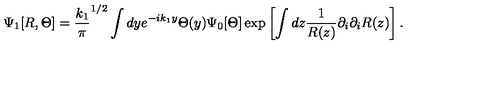
\Psi _ { 1 } [ R , \Theta ] = { \frac { k _ { 1 } } { \pi } } ^ { 1 / 2 } \int d y e ^ { - i k _ { 1 } y } \Theta ( y ) \Psi _ { 0 } [ \Theta ] \exp \left[ \int d z { \frac { 1 } { R ( z ) } } \partial _ { i } \partial _ { i } R ( z ) \right] .